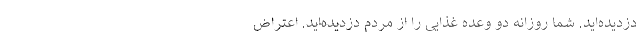
دزدیده‌اید. شما روزانه دو وعده غذایی را از مردم دزدیده‌اید. اعتراض